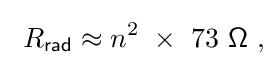
\ R_{\mathsf {rad}}\approx n^{2}\ \times \ 73{\mathsf {\ \Omega \ ,}}